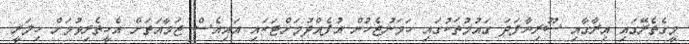
މީގެތެރޭގައި އިރާގާއި ސޫރިޔާފަދަ ގައުމުތަކުގައި ހަމަނުޖެހުން އުފެއްދުމަށްޓަކައި އައިއެސް ޖަމާއަތަށް އެހީތެރިވުމަށް ހިލަރީ